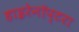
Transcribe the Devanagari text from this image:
हाइरेनॉप्टरा